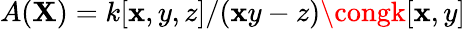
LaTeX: A(\mathbf{X})=k[\mathbf{x},y,z]/(\mathbf{x}y-z)\congk[\mathbf{x},y]